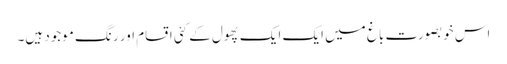
اس خوبصورت باغ میں ایک ایک پھول کے کئی اقسام اور رنگ موجود ہیں۔